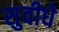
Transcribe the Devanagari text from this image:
सुवीधे